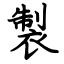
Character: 製